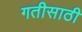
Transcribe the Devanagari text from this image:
गतीसाठी